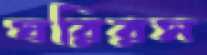
ঘরিরস